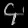
Digit: ၄